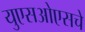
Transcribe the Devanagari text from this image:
युएसओएसचे